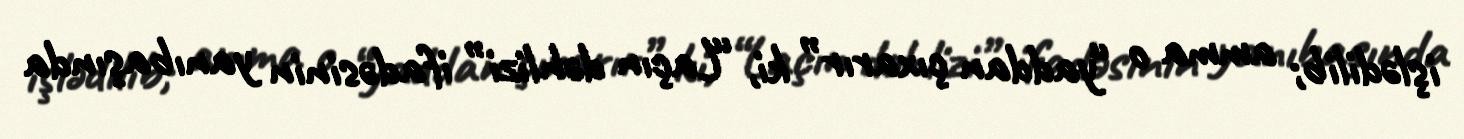
işlədilib; amma o “yaddan çıxarır” ki, “Laçın dəhlizi” ifadəsinin yanıbaşında